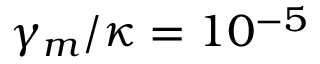
\gamma _ { m } / \kappa = 1 0 ^ { - 5 }